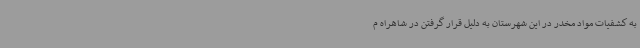
به کشفیات مواد مخدر در این شهرستان به دلیل قرار گرفتن در شاهراه م